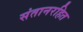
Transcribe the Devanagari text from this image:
संतानरहित